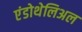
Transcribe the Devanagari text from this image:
एंडोथेलिअल